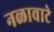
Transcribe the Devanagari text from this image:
नळावाटे